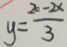
y = \frac { 2 0 - 2 x } { 3 }